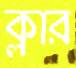
ক্লার